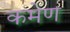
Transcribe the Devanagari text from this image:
कमेण